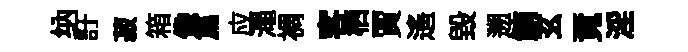
纳訏菽箱像篇应澠裯客栖賈遙毀遡鮪玄覔淫